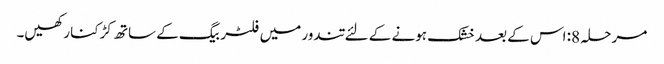
مرحلہ 8: اس کے بعد خشک ہونے کے لئے تندور میں فلٹر بیگ کے ساتھ کڑکنا رکھیں۔